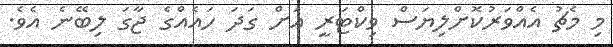
މި މެޗު އެއްވަރުކޮށްލިޔަސް ވިކްޓަރީ އަށް ގަދަ ހައެއްގެ ޖާގަ ލިބޭނެ އެވެ.